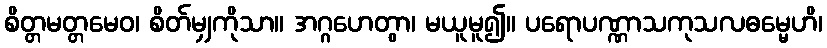
စိတ္တမတ္တမေဝ၊ စိတ်မျှကိုသာ။ အဂ္ဂဟေတွာ၊ မယူမူ၍။ ပရောပဏ္ဏာသကုသလဓမ္မေဟိ၊